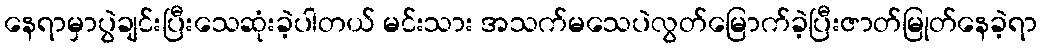
နေရာမှာပွဲချင်းပြီးသေဆုံးခဲ့ပါတယ် မင်းသား အသက်မသေပဲလွတ်မြောက်ခဲ့ပြီးဇာတ်မြုတ်နေခဲ့ရာ